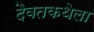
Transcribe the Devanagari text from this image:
दैवतकथेला